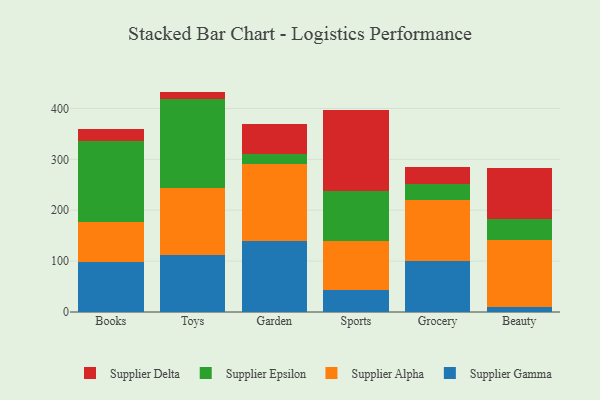
{"axis": {"x": "Category", "y": "Energy Usage (MWh)"}, "legend": ["Supplier Alpha", "Supplier Delta", "Supplier Epsilon", "Supplier Gamma"], "data": [{"x": "Books", "y": 98.9, "type": "Supplier Gamma"}, {"x": "Books", "y": 77.1, "type": "Supplier Alpha"}, {"x": "Books", "y": 159.3, "type": "Supplier Epsilon"}, {"x": "Books", "y": 24.8, "type": "Supplier Delta"}, {"x": "Toys", "y": 111.5, "type": "Supplier Gamma"}, {"x": "Toys", "y": 131.8, "type": "Supplier Alpha"}, {"x": "Toys", "y": 175.5, "type": "Supplier Epsilon"}, {"x": "Toys", "y": 14.2, "type": "Supplier Delta"}, {"x": "Garden", "y": 138.9, "type": "Supplier Gamma"}, {"x": "Garden", "y": 152.7, "type": "Supplier Alpha"}, {"x": "Garden", "y": 18.2, "type": "Supplier Epsilon"}, {"x": "Garden", "y": 60.4, "type": "Supplier Delta"}, {"x": "Sports", "y": 43.7, "type": "Supplier Gamma"}, {"x": "Sports", "y": 95.7, "type": "Supplier Alpha"}, {"x": "Sports", "y": 98.2, "type": "Supplier Epsilon"}, {"x": "Sports", "y": 158.3, "type": "Supplier Delta"}, {"x": "Grocery", "y": 99.4, "type": "Supplier Gamma"}, {"x": "Grocery", "y": 121.2, "type": "Supplier Alpha"}, {"x": "Grocery", "y": 30.9, "type": "Supplier Epsilon"}, {"x": "Grocery", "y": 34.3, "type": "Supplier Delta"}, {"x": "Beauty", "y": 9.0, "type": "Supplier Gamma"}, {"x": "Beauty", "y": 131.9, "type": "Supplier Alpha"}, {"x": "Beauty", "y": 42.8, "type": "Supplier Epsilon"}, {"x": "Beauty", "y": 98.7, "type": "Supplier Delta"}]}